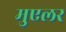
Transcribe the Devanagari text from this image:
मुएलर